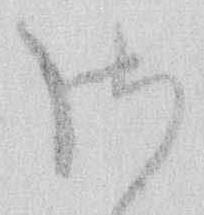
御